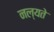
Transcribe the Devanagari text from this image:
नल्यते